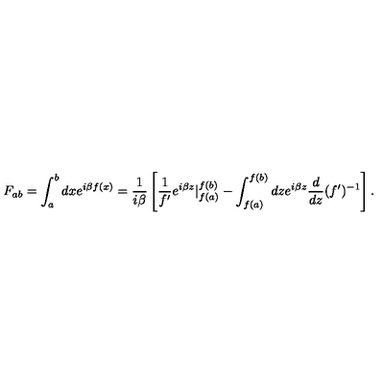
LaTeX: F _ { a b } = \int _ { a } ^ { b } d x e ^ { i \beta f ( x ) } = \frac { 1 } { i \beta } \left[ \frac { 1 } { f { ' } } e ^ { i \beta z } | _ { f ( a ) } ^ { f ( b ) } - \int _ { f ( a ) } ^ { f ( b ) } d z e ^ { i \beta z } \frac { d } { d z } ( f { ' } ) ^ { - 1 } \right] .